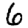
Digit: 6